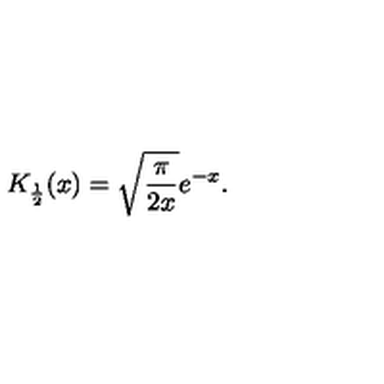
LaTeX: K _ { \frac { 1 } { 2 } } ( x ) = \sqrt { \frac { \pi } { 2 x } } e ^ { - x } .